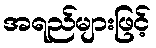
အရည်များဖြင့်